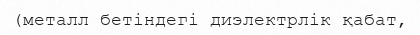
(металл бетіндегі диэлектрлік қабат,